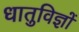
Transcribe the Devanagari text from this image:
धातुविज्ञों